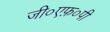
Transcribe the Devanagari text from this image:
जी०एफ़०पी